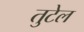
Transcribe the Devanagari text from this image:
तुटेल